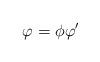
LaTeX: \begin{align*}\varphi=\phi\varphi'\end{align*}